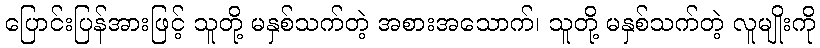
ပြောင်းပြန်အားဖြင့် သူတို့ မနှစ်သက်တဲ့ အစားအသောက်၊ သူတို့ မနှစ်သက်တဲ့ လူမျိုးကို